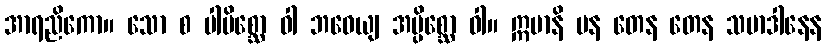
အာရညိကော။ သော စ ပါပိစ္ဆော ဝါ ဘဝေယျ အပ္ပိစ္ဆော ဝါ။ ဣမာနိ ပန တေန တေန သမာဒါနေန